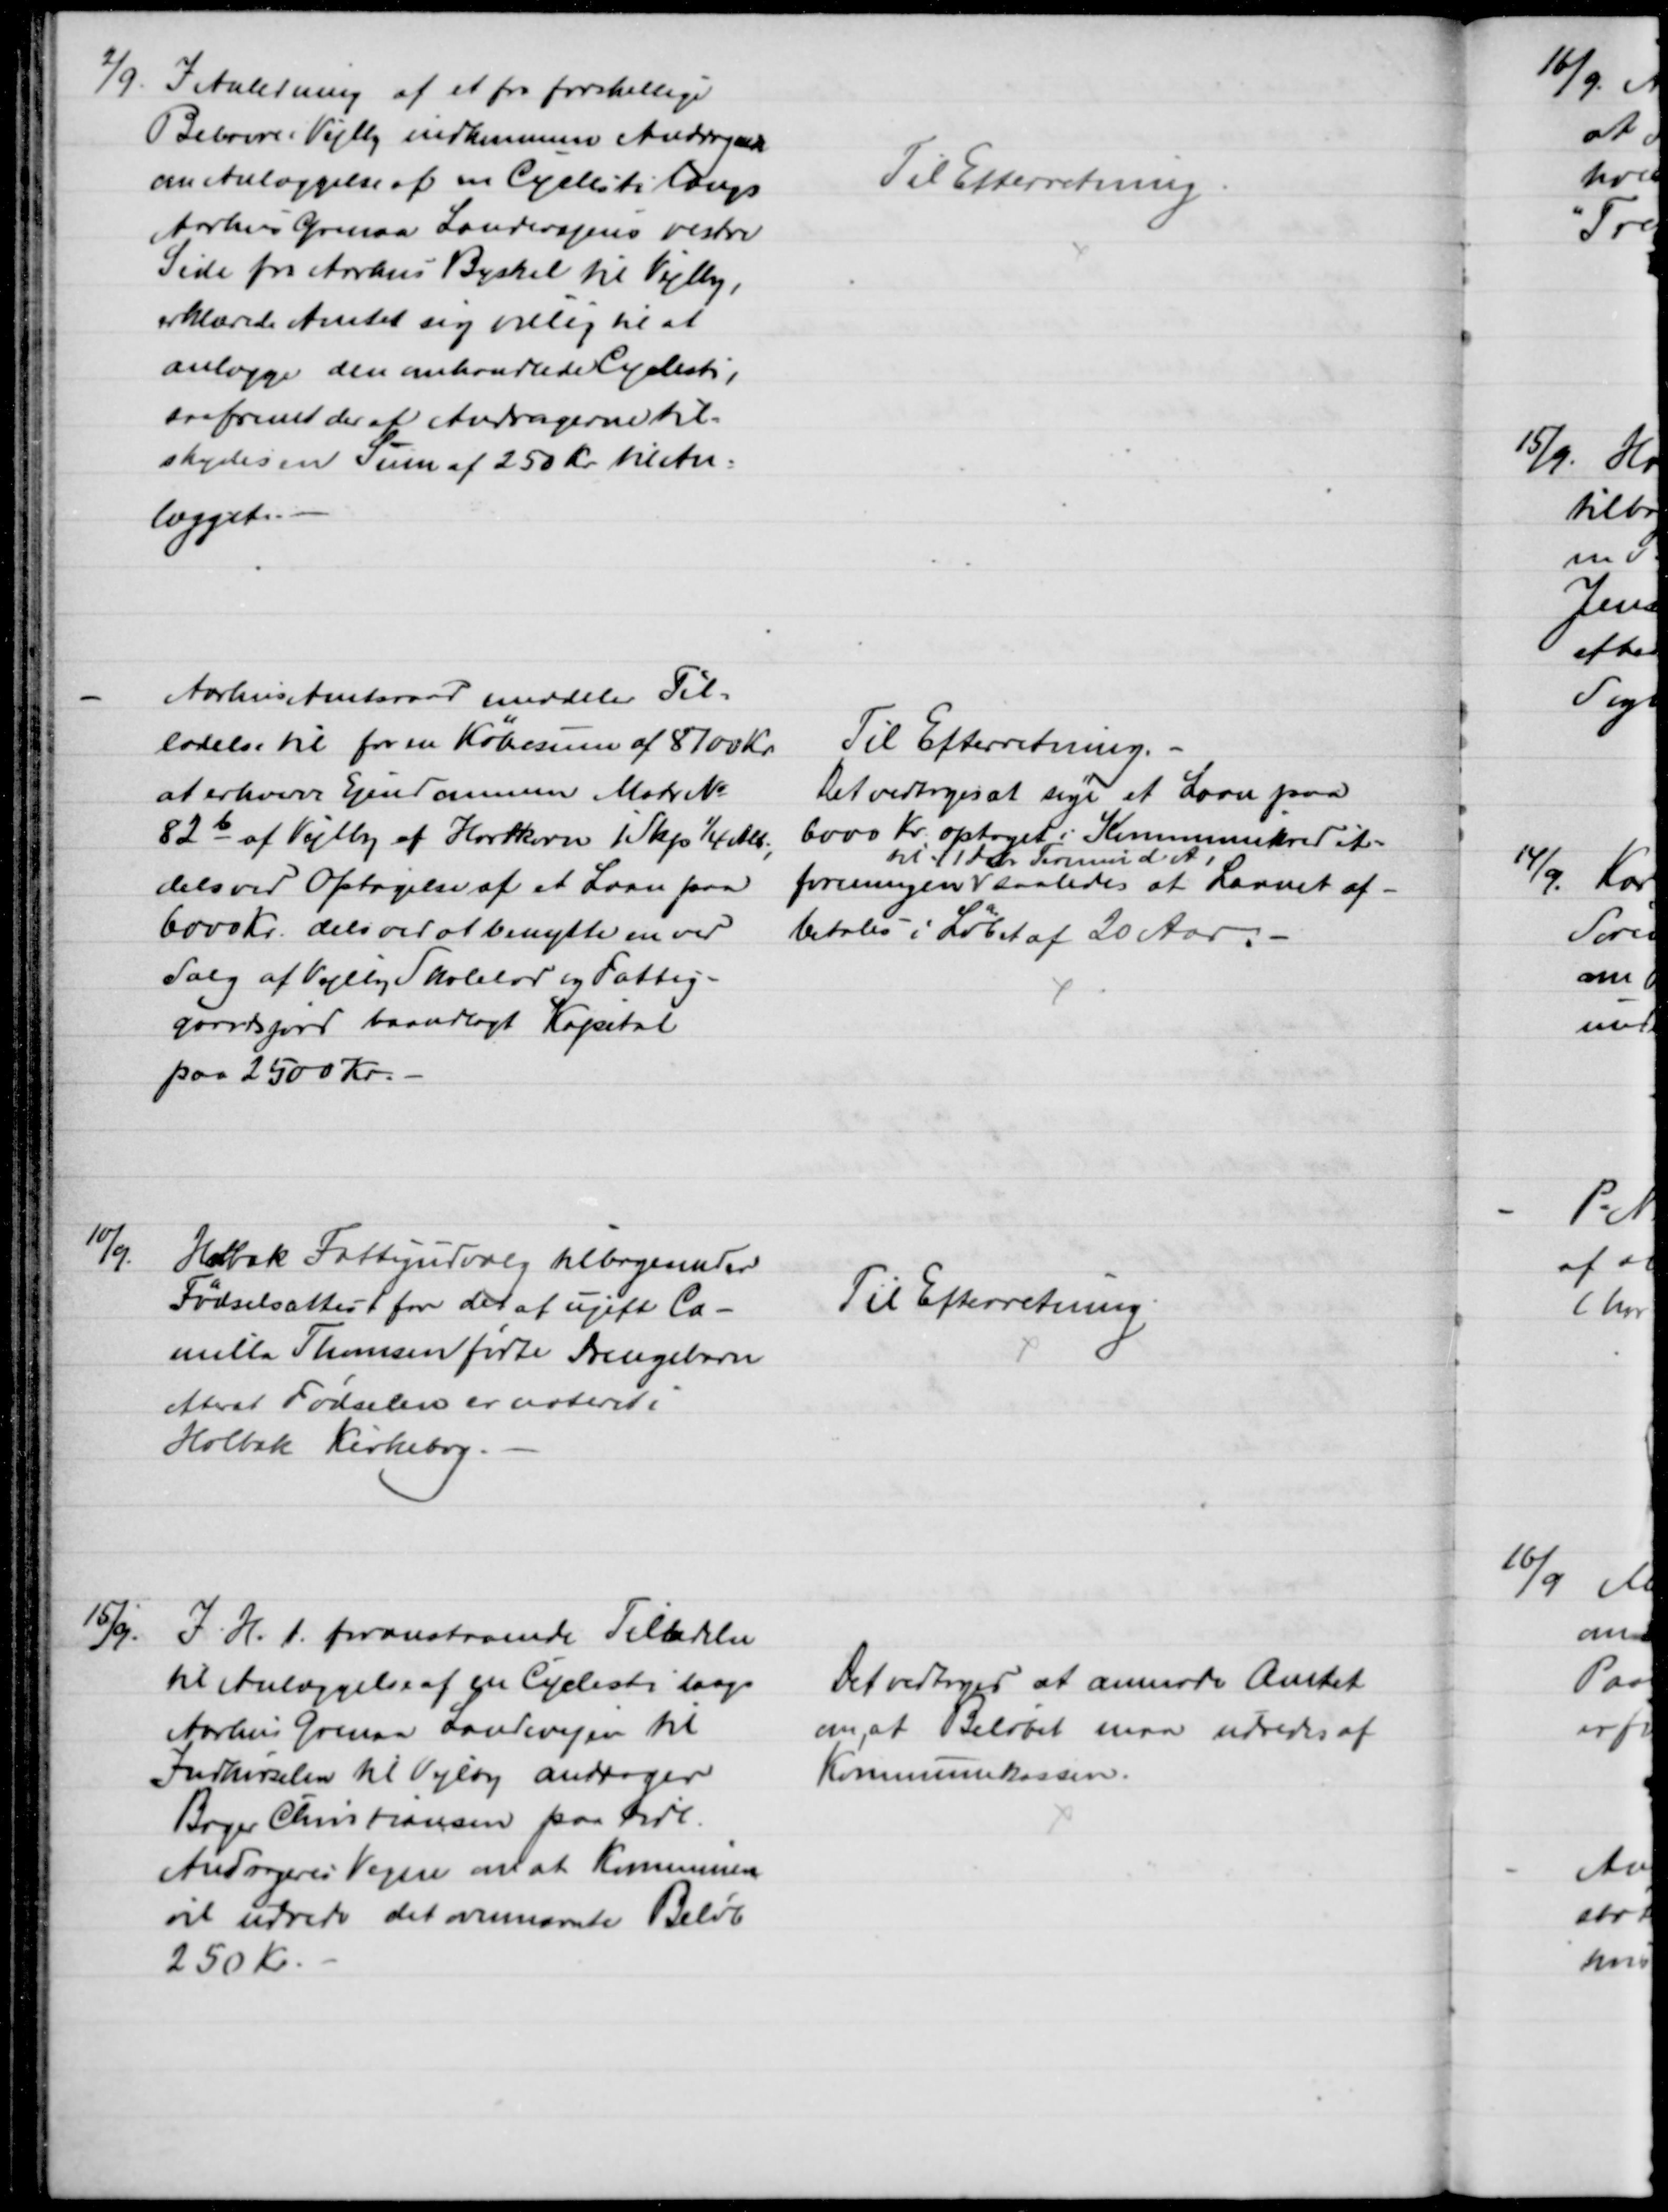
Transskription:
2/9. I Anledning af et fra forskellige
Beboere i Vejlby indkommen Andragende
om Anlæggelse af en Cyclesti langs
Aarhus Grenaa Landevejens vestre
Side fra Aarhus Byskel til Vejlby,
erklærede Amtet sig villig til at 
anlægge den omhandlede Cyclesti,
saafremt der af Andragerne til-
skydes en Sum af 250 Kr. til An-
lægget.
Til Efterretning.
Aarhus Amtsraad meddeler Til-
ladelse til for en Købesum af 8700 Kr.
at erhverve Ejendommen Matr №
82 b af Vejlby af Hartkorn 1 Skp. ¼ Alb.,
dels ved Optagelse af et Laan paa
6000 Kr. dels ved at benytte en ved
Salg af Vejlby Skolelod og Fattig-
gaardsjord baandlagt Kapital
paa 2500 Kr.
Til Efterretning.
Det vedtoges at søge et Laan paa
6000 Kr. optaget i Kommunekredit=
foreningen 
til 11 debr. Termin d. A.,
saaledes at Laanet af-
betales i Løbet af 20 Aar.
10/9.
Holbæk Fattigudvalg tilbagesender
Fødselsattest for det af ugift Ca-
milla Thomsen fødte Drengebarn
efterat Fødselen er noteret i
Holbæk Kirkebog.
Til Efterretning
15/9.
I. H. t. foranstaaende Tilladelse
til Anlæggelse af en Cyclesti langs
Aarhus Grenaa Landevejen til
Indkørselen til Vejlby andrager
Bager Christiansen paa tidl
Andrageres Vegne om at Kommunen
vil udrede det ovennævnte Beløb
250 Kr.
Det vedtoges at anmode Amtet
om, at Beløbet maa udredes af
Kommunekassen.